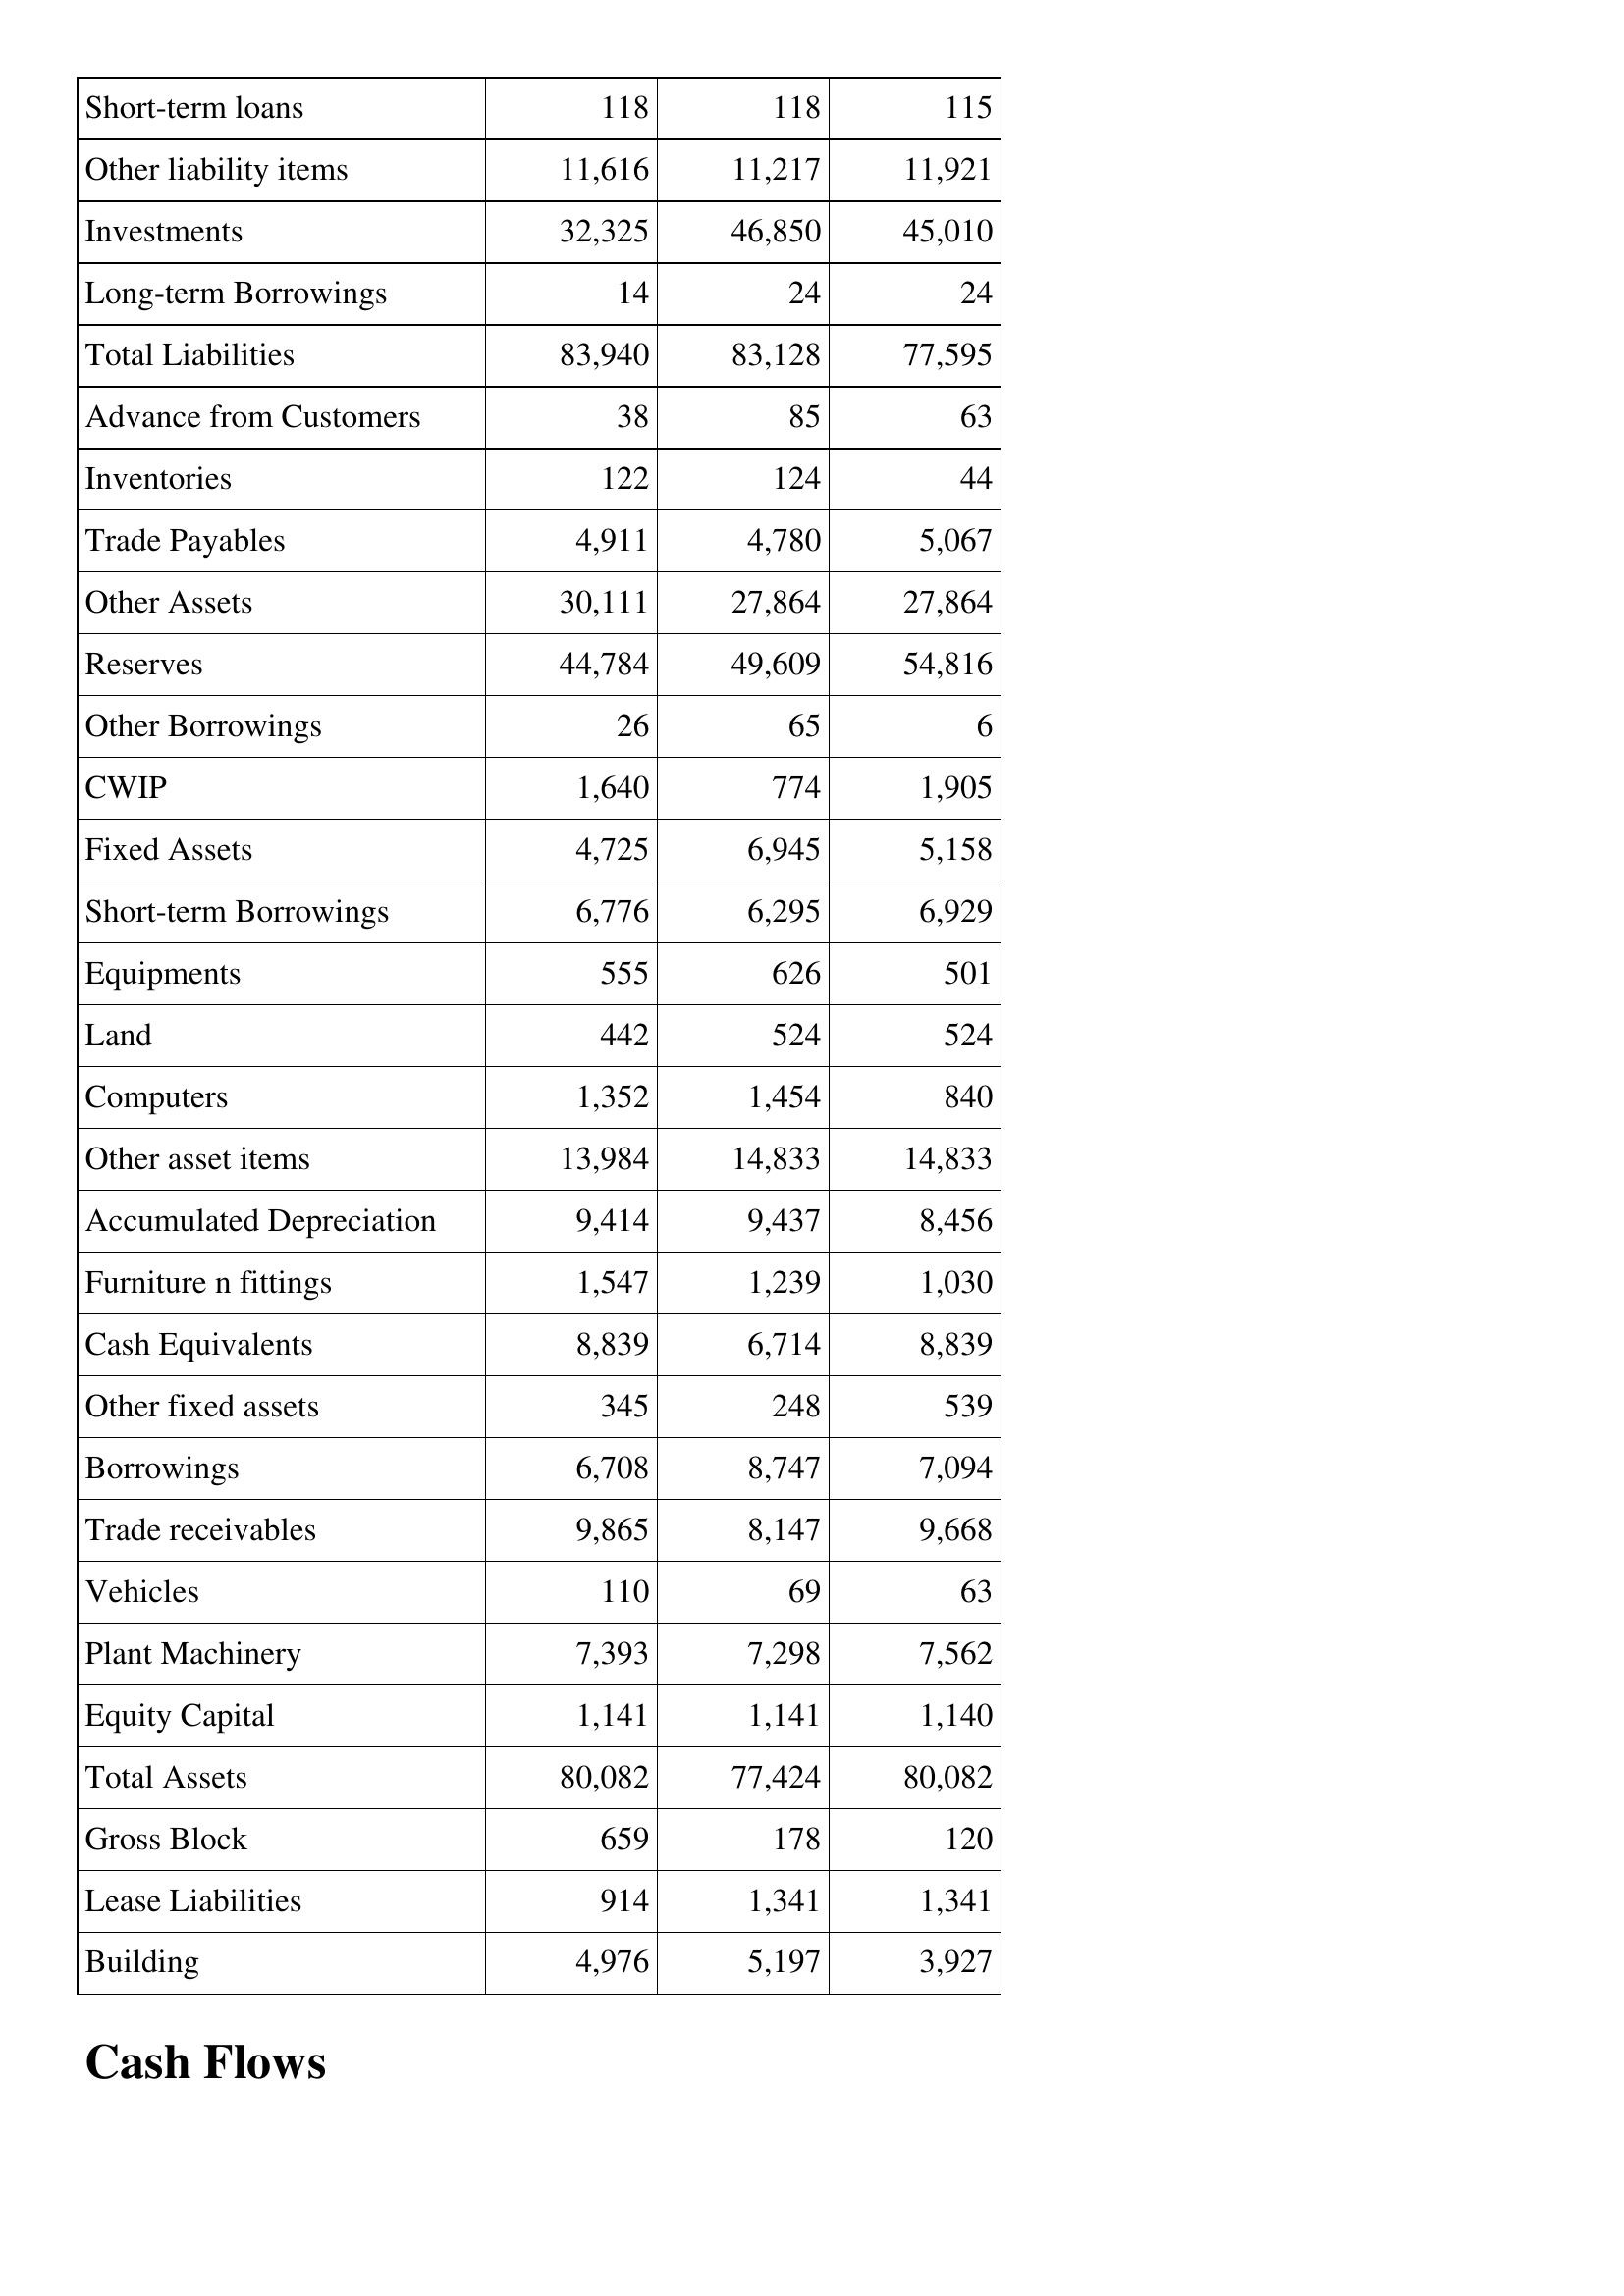
May-14: Balance Sheet: Short-term loans: 118
Other liability items: 11,616
Investments: 32,325
Long-term Borrowings: 14
Total Liabilities: 83,940
Advance from Customers: 38
Inventories: 122
Trade Payables: 4,911
Other Assets: 30,111
Reserves: 44,784
Other Borrowings: 26
CWIP: 1,640
Fixed Assets: 4,725
Short-term Borrowings: 6,776
Equipments: 555
Land: 442
Computers: 1,352
Other asset items: 13,984
Accumulated Depreciation: 9,414
Furniture n fittings: 1,547
Cash Equivalents: 8,839
Other fixed assets: 345
Borrowings: 6,708
Trade receivables: 9,865
Vehicles: 110
Plant Machinery: 7,393
Equity Capital: 1,141
Total Assets: 80,082
Gross Block: 659
Lease Liabilities: 914
Building: 4,976
May-15: Balance Sheet: Short-term loans: 118
Other liability items: 11,217
Investments: 46,850
Long-term Borrowings: 24
Total Liabilities: 83,128
Advance from Customers: 85
Inventories: 124
Trade Payables: 4,780
Other Assets: 27,864
Reserves: 49,609
Other Borrowings: 65
CWIP: 774
Fixed Assets: 6,945
Short-term Borrowings: 6,295
Equipments: 626
Land: 524
Computers: 1,454
Other asset items: 14,833
Accumulated Depreciation: 9,437
Furniture n fittings: 1,239
Cash Equivalents: 6,714
Other fixed assets: 248
Borrowings: 8,747
Trade receivables: 8,147
Vehicles: 69
Plant Machinery: 7,298
Equity Capital: 1,141
Total Assets: 77,424
Gross Block: 178
Lease Liabilities: 1,341
Building: 5,197
May-16: Balance Sheet: Short-term loans: 115
Other liability items: 11,921
Investments: 45,010
Long-term Borrowings: 24
Total Liabilities: 77,595
Advance from Customers: 63
Inventories: 44
Trade Payables: 5,067
Other Assets: 27,864
Reserves: 54,816
Other Borrowings: 6
CWIP: 1,905
Fixed Assets: 5,158
Short-term Borrowings: 6,929
Equipments: 501
Land: 524
Computers: 840
Other asset items: 14,833
Accumulated Depreciation: 8,456
Furniture n fittings: 1,030
Cash Equivalents: 8,839
Other fixed assets: 539
Borrowings: 7,094
Trade receivables: 9,668
Vehicles: 63
Plant Machinery: 7,562
Equity Capital: 1,140
Total Assets: 80,082
Gross Block: 120
Lease Liabilities: 1,341
Building: 3,927